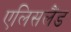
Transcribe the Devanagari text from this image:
एलिसलैंड